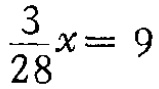
$\frac{3}{28}x = 9$